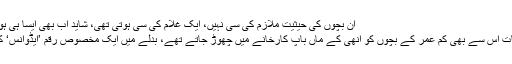
ان بچوں کی حیثیت ملازم کی سی نہیں، ایک غلام کی سی ہوتی تھی، شاید اب بھی ایسا ہی ہوتا ہو کہ بقول رحمان حفیظ:
دس بارہ سال اور بعض اوقات اس سے بھی کم عمر کے بچوں کو انھی کے ماں باپ کارخانے میں چھوڑ جاتے تھے، بدلے میں ایک مخصوص رقم ’ایڈوانس‘ کے نام پر لے لی جاتی تھی۔